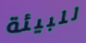
للبيئة